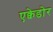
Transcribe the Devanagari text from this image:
एक्वेडोर